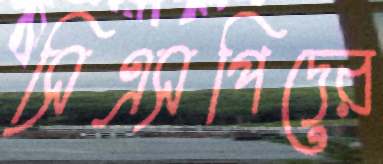
সিএসপিদের